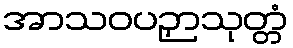
အာသဝပဉှာသုတ္တံ